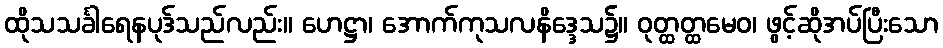
ထိုသသင်္ခါရေနပုဒ်သည်လည်း။ ဟေဋ္ဌာ၊ အောက်ကုသလနိဒ္ဒေသ၌။ ဝုတ္ထတ္ထမေဝ၊ ဖွင့်ဆိုအပ်ပြီးသော